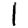
Digit: 1